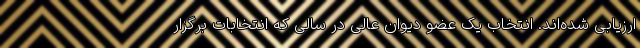
ارزیابی شده‌اند. انتخاب یک عضو دیوان عالی در سالی که انتخابات برگزار